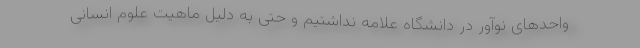
واحدهای نوآور در دانشگاه علامه نداشتیم و حتی به دلیل ماهیت علوم انسانی